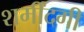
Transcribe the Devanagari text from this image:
शर्मींदगी